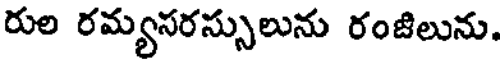
రుల రమ్యసరస్సులును రంజిలును.